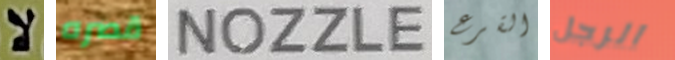
لا قصره NOZZLE القرع الرجل